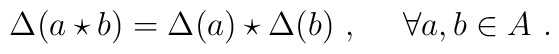
\Delta(a\star b)=\Delta(a)\star\Delta(b)~,~~~~\forall a,b\in A~.